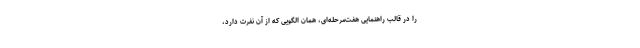
را در قالب راهنمایی هفت‌مرحله‌ای، همان الگویی که از آن نفرت دارد،